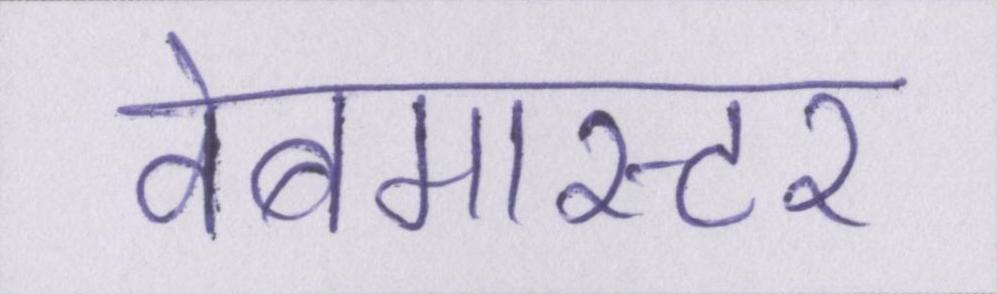
वेबमास्टर